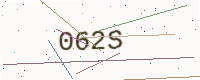
Text: 062S